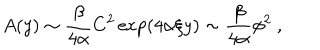
A ( y ) \sim { \frac { \beta } { 4 \alpha } } C ^ { 2 } \exp ( 4 \alpha \xi y ) \sim { \frac { \beta } { 4 \alpha } } \phi ^ { 2 } ~ ,